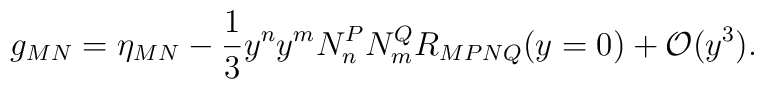
g_{MN}=\eta_{MN}-\frac{1}{3}y^n y^m N^P_n N^Q_mR_{MPNQ}(y=0)+{\cal O}(y^3).